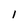
Character: l